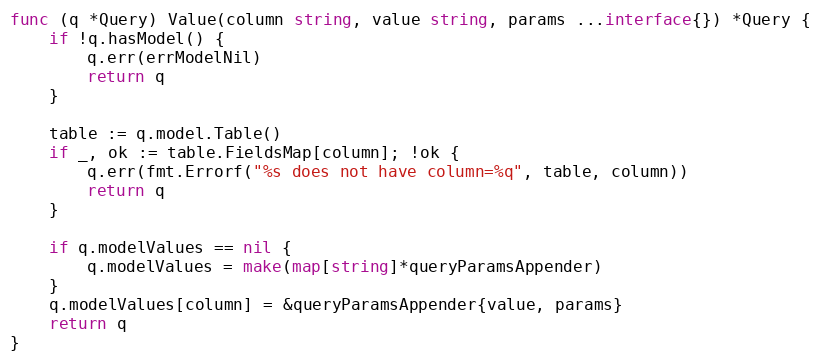
Language: Go
func (q *Query) Value(column string, value string, params ...interface{}) *Query {
	if !q.hasModel() {
		q.err(errModelNil)
		return q
	}

	table := q.model.Table()
	if _, ok := table.FieldsMap[column]; !ok {
		q.err(fmt.Errorf("%s does not have column=%q", table, column))
		return q
	}

	if q.modelValues == nil {
		q.modelValues = make(map[string]*queryParamsAppender)
	}
	q.modelValues[column] = &queryParamsAppender{value, params}
	return q
}